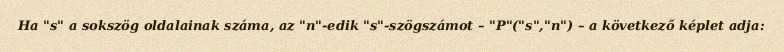
Ha "s" a sokszög oldalainak száma, az "n"-edik "s"-szögszámot – "P"("s","n") – a következő képlet adja: